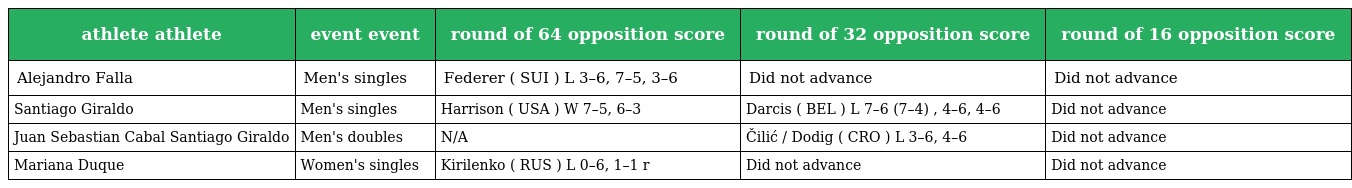
| athlete athlete | event event | round of 64 opposition score | round of 32 opposition score | round of 16 opposition score |
 | --- | --- | --- | --- | --- |
 | Alejandro Falla | Men's singles | Federer ( SUI ) L 3–6, 7–5, 3–6 | Did not advance | Did not advance |
 | Santiago Giraldo | Men's singles | Harrison ( USA ) W 7–5, 6–3 | Darcis ( BEL ) L 7–6 (7–4) , 4–6, 4–6 | Did not advance |
 | Juan Sebastian Cabal Santiago Giraldo | Men's doubles | N/A | Čilić / Dodig ( CRO ) L 3–6, 4–6 | Did not advance |
 | Mariana Duque | Women's singles | Kirilenko ( RUS ) L 0–6, 1–1 r | Did not advance | Did not advance |